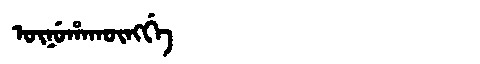
Manchu: ᡡᠨᡠᡥᠠᡴᡡᠩᡤᡝ
Romanization: ŪNUHAKŪNGGE